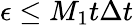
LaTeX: \epsilon\leq M_{1}t\Delta t